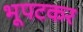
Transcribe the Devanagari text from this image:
भूपटकर